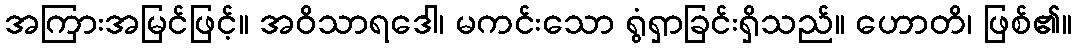
အကြားအမြင်ဖြင့်။ အဝိသာရဒေါ၊ မကင်းသော ရွံရှာခြင်းရှိသည်။ ဟောတိ၊ ဖြစ်၏။